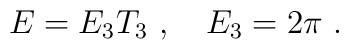
E=E_3 T_3 \ , \ \ \ E_3 =2\pi \ .